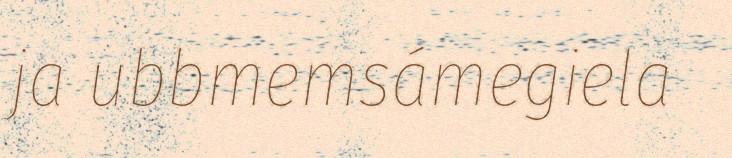
ja ubbmemsámegiela